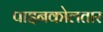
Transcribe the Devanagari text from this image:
पाइनकोलतार